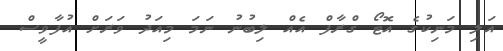
އަލި މަނިކުގެ އޮޓޯ ގްރާފް އެއް ލިބުނު ނަމަ މިއަދު ވަރަށް އުފާވީސް